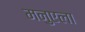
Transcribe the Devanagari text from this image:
मनुएला